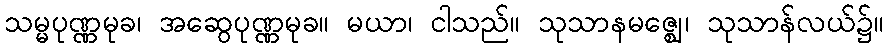
သမ္မပုဏ္ဏမုခ၊ အဆွေပုဏ္ဏမုခ။ မယာ၊ ငါသည်။ သုသာနမဇ္ဈေ၊ သုသာန်လယ်၌။